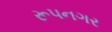
રૂપનગર